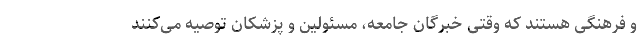
و فرهنگی هستند که وقتی خبرگان جامعه، مسئولین و پزشکان توصیه می‌کنند